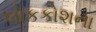
લોકકોશના